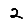
Digit: 2